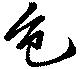
色